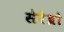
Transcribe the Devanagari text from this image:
सेरेब्रो